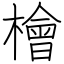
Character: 檜